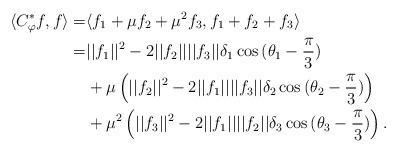
LaTeX: \begin{align*}\langle C_\varphi^*f,f\rangle=&\langle f_1+\mu f_2+\mu^2f_3,f_1+f_2+f_3\rangle\\ =&||f_1||^2-2||f_2||||f_3||\delta_1\cos{(\theta_1-\frac{\pi}{3})}\\ &+\mu\left(||f_2||^2-2||f_1||||f_3||\delta_2\cos{(\theta_2-\frac{\pi}{3})}\right)\\ &+\mu^2\left(||f_3||^2-2||f_1||||f_2||\delta_3\cos{(\theta_3-\frac{\pi}{3})}\right).\end{align*}